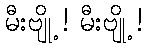
မီးဗျို့ ! မီးဗျို့ !